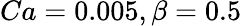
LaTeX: Ca=0.005,\beta=0.5